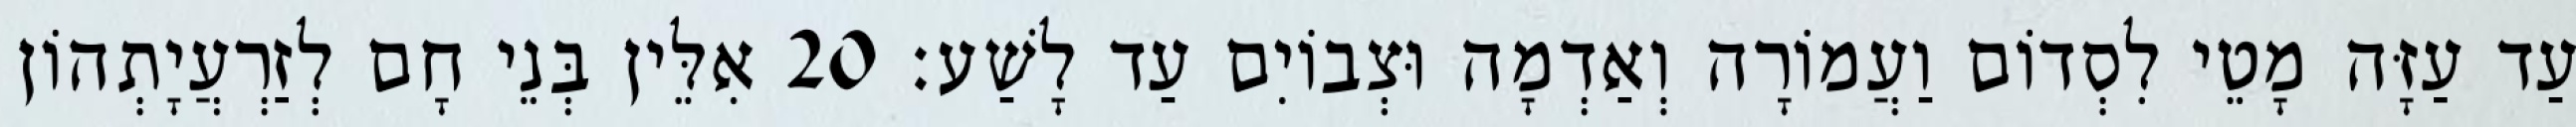
עַד עַזָּה מָטֵי לִסְדוֹם וַעֲמוֹרָה וְאַדְמָה וּצְבוֹיִם עַד לָשַׁע׃ 20 אִלֵּין בְּנֵי חָם לְזַרְעֲיָתְהוֹן